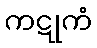
ကဋုကံ